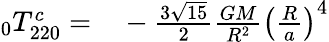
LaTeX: \begin{array}{rl}{\phantom{}_{0}T_{220}^{c}=}&{{}-\frac{3\sqrt{15}}{2}\frac{GM}{R^{2}}\left(\frac{R}{a}\right)^{4}}\end{array}